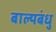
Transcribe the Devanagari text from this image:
बाल्यबंधु